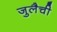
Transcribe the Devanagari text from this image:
जुलैची